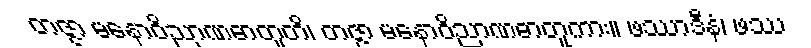
တဇ္ဇာ မနောဝိညာဏဓာတူတိ၊ တဇ္ဇာ မနောဝိညာဏဓာတူကား။ ဖဿာဒီနံ၊ ဖဿ